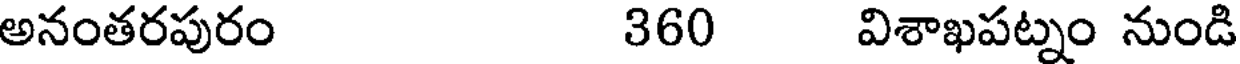
అనంతరపురం 360 విశాఖపట్నం నుండి